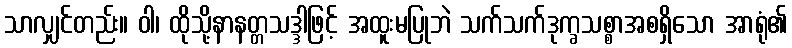
သာလျှင်တည်း။ ဝါ၊ ထိုသို့နာနတ္တသဒ္ဒါဖြင့် အထူးမပြုဘဲ သက်သက်ဒုက္ခသစ္စာအစရှိသော အာရုံ၏